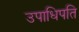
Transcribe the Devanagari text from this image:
उपाधिपति